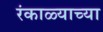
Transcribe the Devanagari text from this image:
रंकाळ्याच्या